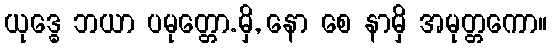
ယုဒ္ဓေ ဘယာ ပမုတ္တော.မှိ, နော စေ နာမှိ အမုတ္တကော။